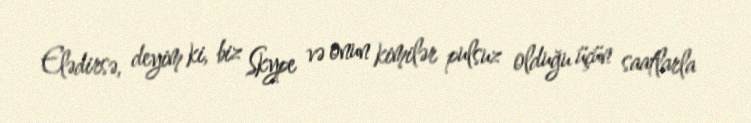
Elədirsə, deyim ki, biz Skype və onun kimilər pulsuz olduğu üçün saatlarla